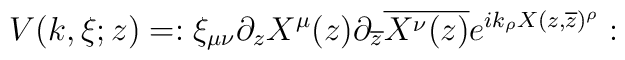
V(k,\xi;z)=:\xi_{\mu\nu}\partial_{z}X^{\mu}(z)\partial_{\overline{z}}\overline{X^{\nu}(z)}e^{ik_{\rho}X(z,\overline{z})^{\rho}}: